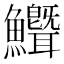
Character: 𬵺